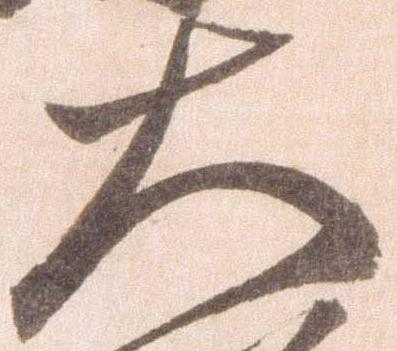
大